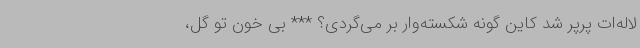
لاله‌ات پرپر شد کاین گونه شکسته‌وار بر می‌گردی؟ *** بی خون تو گل،